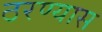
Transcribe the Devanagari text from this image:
ठरण्यास